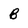
Character: B